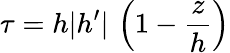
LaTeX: \tau=h|h^{\prime}|\, \left(1-\frac{z}{h}\right)